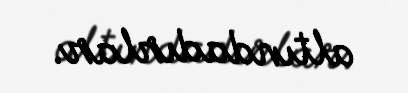
altındadırlar.